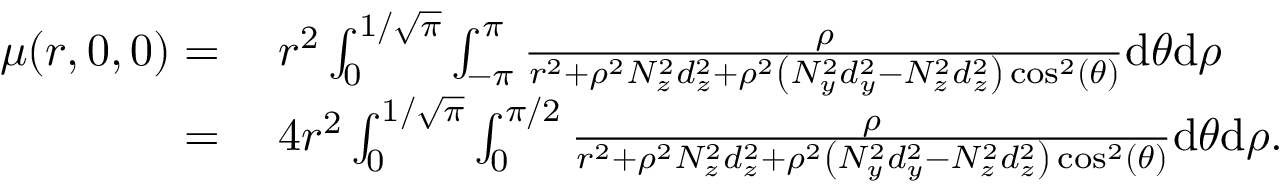
\begin{array} { r l } { \mu ( r , 0 , 0 ) = } & { \; r ^ { 2 } \int _ { 0 } ^ { 1 / \sqrt { \pi } } \int _ { - \pi } ^ { \pi } \frac { \rho } { r ^ { 2 } + \rho ^ { 2 } N _ { z } ^ { 2 } d _ { z } ^ { 2 } + \rho ^ { 2 } \left( N _ { y } ^ { 2 } d _ { y } ^ { 2 } - N _ { z } ^ { 2 } d _ { z } ^ { 2 } \right) \cos ^ { 2 } ( \theta ) } \mathrm { d } \theta \mathrm { d } \rho } \\ { = } & { \; 4 r ^ { 2 } \int _ { 0 } ^ { 1 / \sqrt { \pi } } \int _ { 0 } ^ { \pi / 2 } \frac { \rho } { r ^ { 2 } + \rho ^ { 2 } N _ { z } ^ { 2 } d _ { z } ^ { 2 } + \rho ^ { 2 } \left( N _ { y } ^ { 2 } d _ { y } ^ { 2 } - N _ { z } ^ { 2 } d _ { z } ^ { 2 } \right) \cos ^ { 2 } ( \theta ) } \mathrm { d } \theta \mathrm { d } \rho . } \end{array}